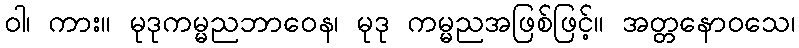
ဝါ၊ ကား။ မုဒုကမ္မညဘာဝေန၊ မုဒု ကမ္မညအဖြစ်ဖြင့်။ အတ္တနောဝသေ၊